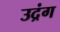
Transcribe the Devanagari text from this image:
उद्रंग